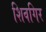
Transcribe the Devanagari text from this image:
शिवगिर